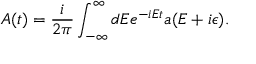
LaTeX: A ( t ) = \frac i { 2 \pi } \int _ { - \infty } ^ { \infty } d E e ^ { - i E t } a ( E + i \epsilon ) .